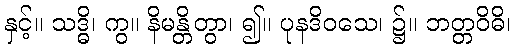
နှင့်။ သဒ္ဓိ၊ ကွ။ နိမန္တိတွာ၊ ၍။ ပုနဒိဝသေ၊ ၌။ ဘတ္တဝိဓိ၊